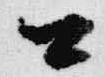
公